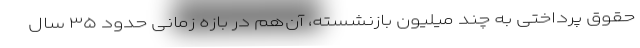
حقوق پرداختی به چند میلیون بازنشسته، آن‌هم در بازه زمانی حدود ۳۵ سال